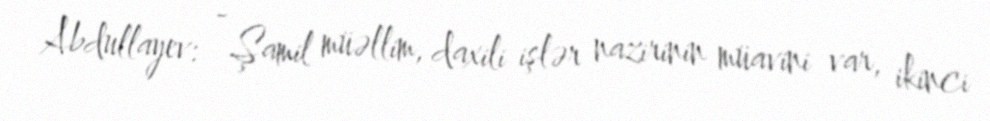
Abdullayev: - Şamil müəllim, daxili işlər nazirinin müavini var, ikinci